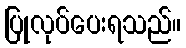
ပြုလုပ်ပေးရသည်။